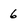
Character: 6